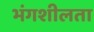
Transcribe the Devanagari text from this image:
भंगशीलता